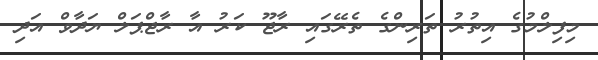
މިފިލްމުގެ އިތުރު ތަރިންގެ ތެރޭގައި ރާޖޫ ކަރު އާ ރާޖްޕަލް ޔަދާވް އަދި